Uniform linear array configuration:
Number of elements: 24
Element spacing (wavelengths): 0.25
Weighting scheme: kaiser
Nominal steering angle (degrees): -15
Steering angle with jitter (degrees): -16.071
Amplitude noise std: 0.05
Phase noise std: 0.05

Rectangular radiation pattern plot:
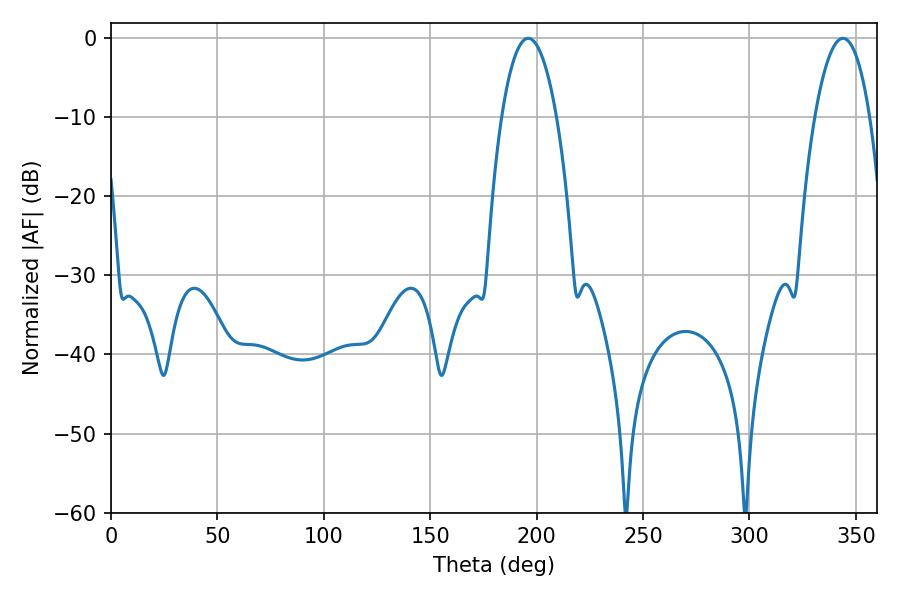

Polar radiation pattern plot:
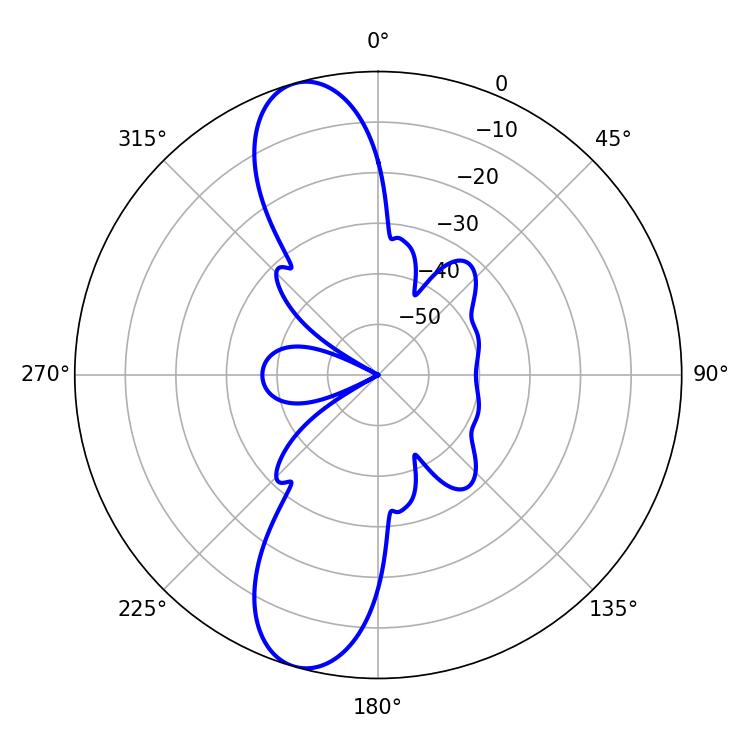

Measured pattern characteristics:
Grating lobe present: FALSE
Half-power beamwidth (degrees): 14.4
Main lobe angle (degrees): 196.02